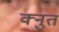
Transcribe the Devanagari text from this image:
क्नुत